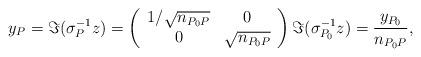
LaTeX: \begin{align*}y_{P}=\Im(\sigma_{P}^{-1}z)= \left(\begin{array}{ccc} 1\slash\sqrt{n_{P_{0}P}}& 0\\0 &\sqrt{n_{P_{0}P}}\end{array}\right)\Im(\sigma_{P_{0}}^{-1}z)=\frac{y_{P_{0}}}{n_{P_{0}P}},\end{align*}